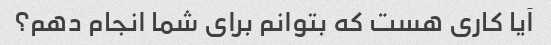
آیا کاری هست که بتوانم برای شما انجام دهم؟